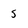
Character: 5